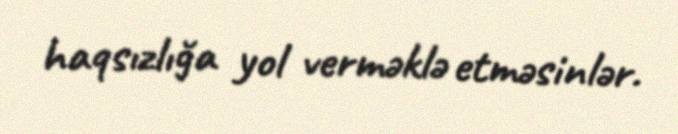
haqsızlığa yol verməklə etməsinlər.